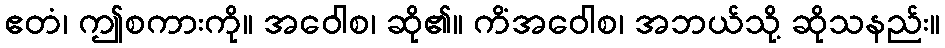
ဧတံ၊ ဤစကားကို။ အဝေါစ၊ ဆို၏။ ကိံအဝေါစ၊ အဘယ်သို့ ဆိုသနည်း။